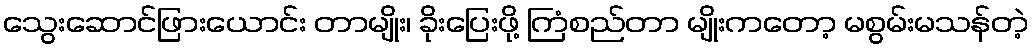
သွေးဆောင်ဖြားယောင်း တာမျိုး၊ ခိုးပြေးဖို့ ကြံစည်တာ မျိုးကတော့ မစွမ်းမသန်တဲ့